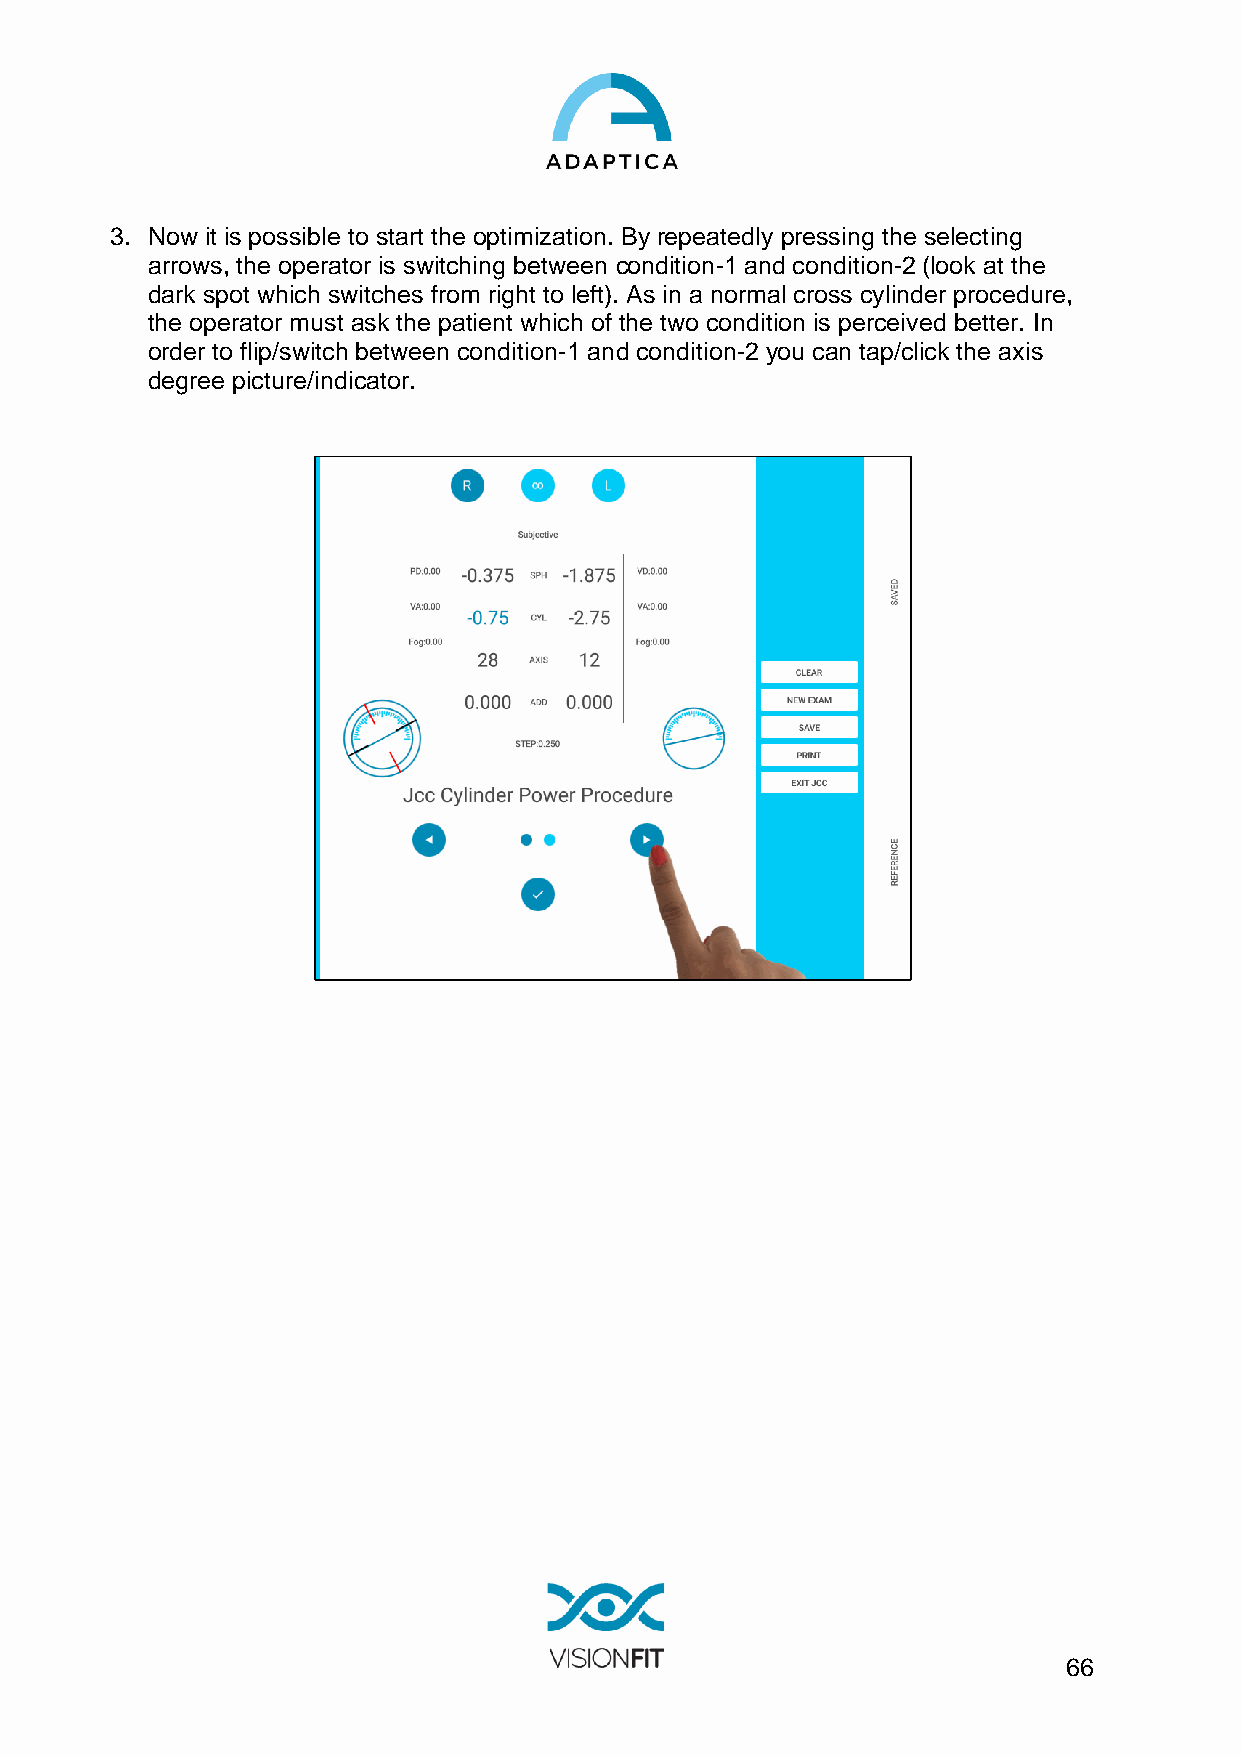
3. Now it is possible to start the optimization. By repeatedly pressing the selecting
 arrows, the operator is switching between condition-1 and condition-2 (look at the
 dark spot which switches from right to left). As in a normal cross cylinder procedure,
 the operator must ask the patient which of the two condition is perceived better. In
 order to flip/switch between condition-1 and condition-2 you can tap/click the axis
 degree picture/indicator.
 66